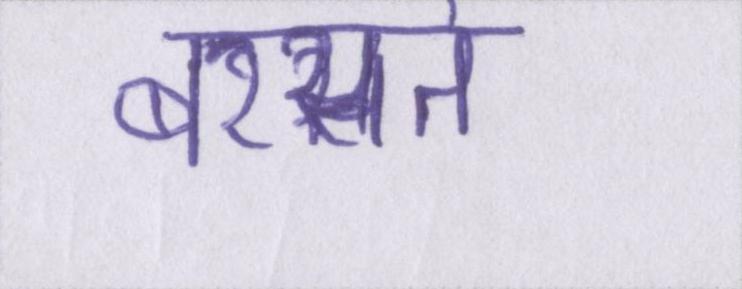
बरसते